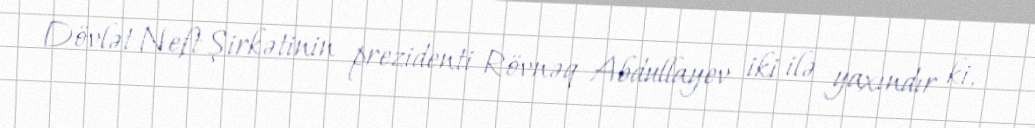
Dövlət Neft Şirkətinin prezidenti Rövnəq Abdullayev iki ilə yaxındır ki,